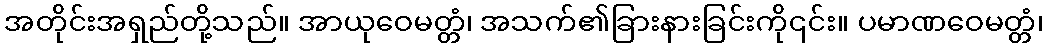
အတိုင်းအရှည်တို့သည်။ အာယုဝေမတ္တံ၊ အသက်၏ခြားနားခြင်းကို၎င်း။ ပမာဏဝေမတ္တံ၊